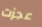
عجزت